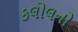
કલોલનો